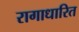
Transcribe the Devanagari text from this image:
रागाधारित